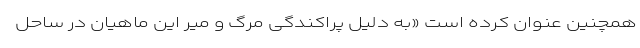
همچنین عنوان کرده است «به دلیل پراکندگی مرگ و میر این ماهیان در ساحل